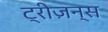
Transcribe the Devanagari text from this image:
ट्रीज़न्स